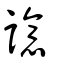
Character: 譩